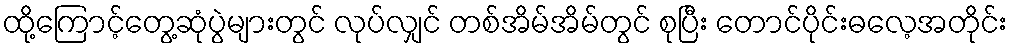
ထို့ကြောင့်တွေ့ဆုံပွဲများတွင် လုပ်လျှင် တစ်အိမ်အိမ်တွင် စုပြီး တောင်ပိုင်းဓလေ့အတိုင်း